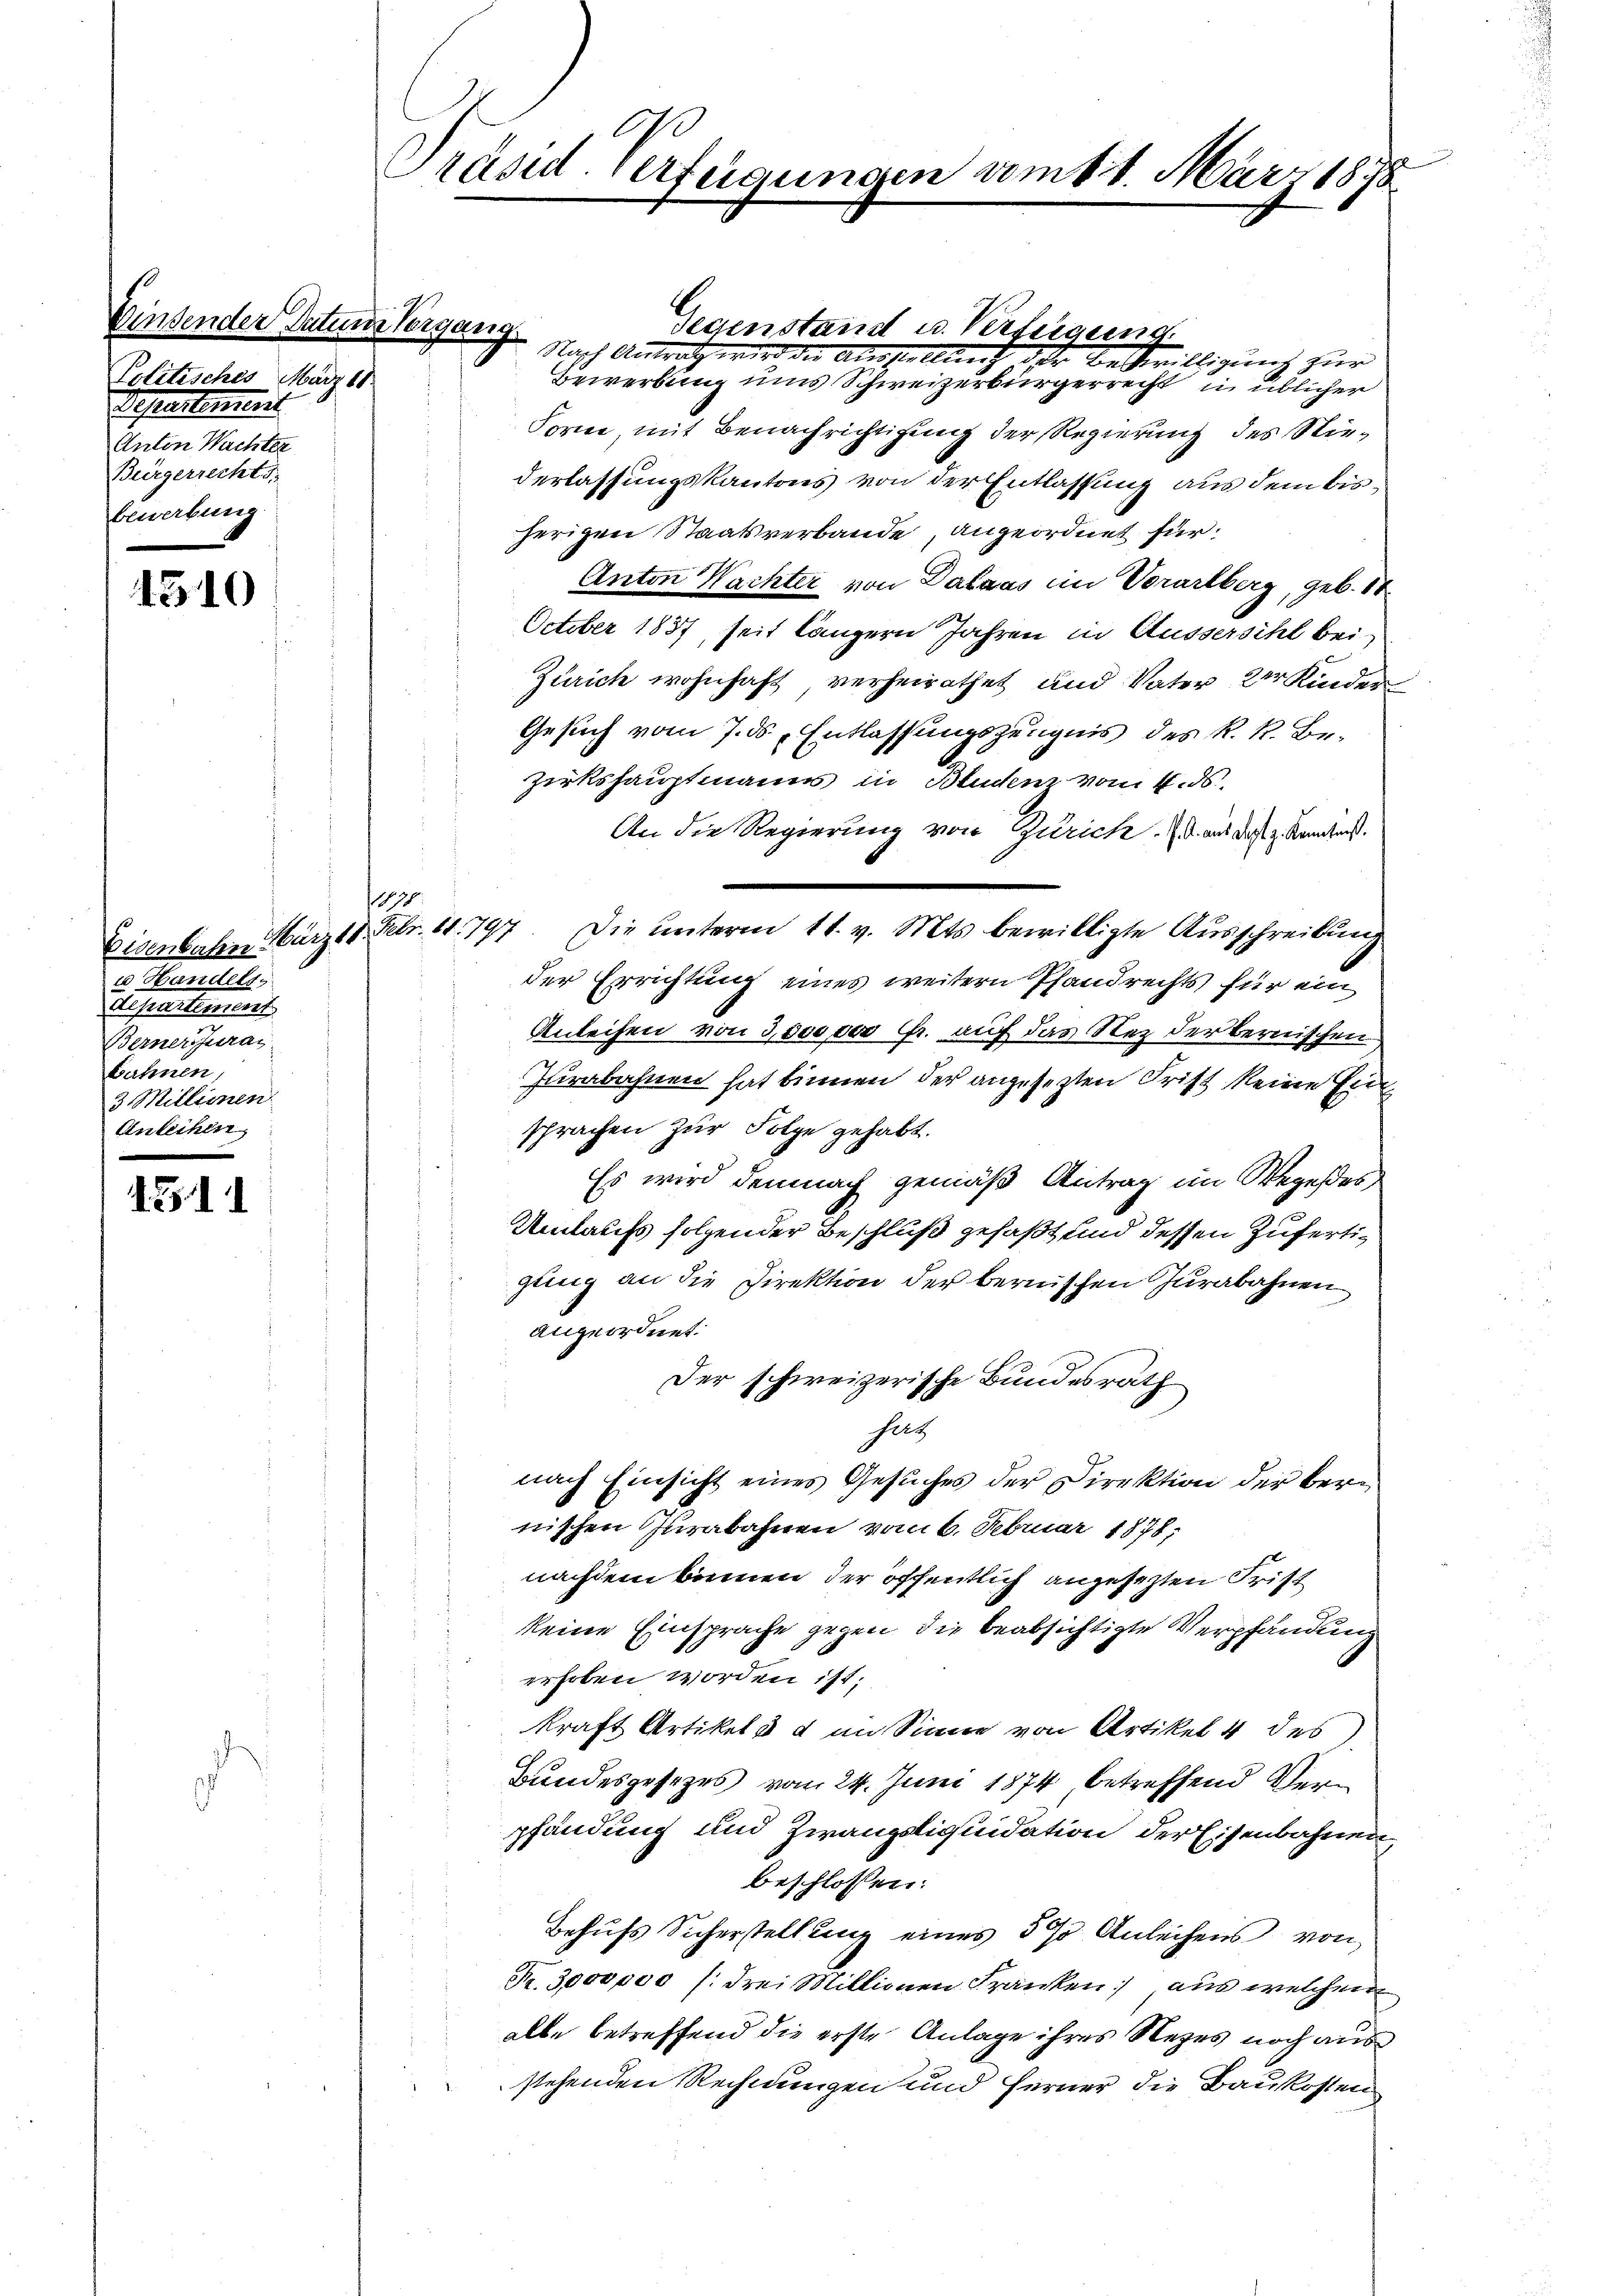
Einsender Datum.
Politisches März 18
Separtement
Anton Wachter
Bürgerrechts
bewerbung

1510

v. Handels

Berner Juras
bahnen,
3. Millimen
Anleihen

1511

Präsid. Verfügungen vom 1. März 1878

10

Regung

Bewerbung uns Schweizerbürgerrecht in üblicher
Form, mit Benachrichtigung der Regierung des Niederlassungskantons von der Entlassung aus dem bisherigen Staatsverbande, angeordnet für
Anton Wachter von Dalaas im Vorarlberg, geb. 18
October 1837, seit längern Jahren in Aussersihl bei
Zürich wohnhaft verheirathet und Vater der Kinder
Gesuch vom 7. ds. Entlassungszeugnis des R. R. Bezirkshauptmann in Brudenz vom 4. ds.
An die Regierung von Zürich. (S. aus das z. Konntes.
Eisenbahn März 18. Febr. 11. 797. Die unterm 11. v. Mts. bewilligte Ausschreibung
der Errichtung eines weitern Pfandrechts für ein
Anleihen von 3000 der Fr. auf das Nez der Bernischen
Jurabahnen hat binnen, der angesezten Frist keine Erin
sprachen zur Folge gehabt.
Es wird demnach gemäß Antrag im Wegeses
Umlaufs folgender Beschluß gefaßt und dessen Zufertigung an die Direktion der bernischen urabahnen
angeordnet.
Der schweizerische Bundesrath
satz
nach Einsicht eines Gesuches der Direktion der bernischen Jurabahnen vom 6. Februar 1878;
nachdem binnen der öffentlich angesezten Frist
keine Einsprache gegen die beabsichtigte Verpfändung
erhoben worden ist;
kraft Artikels & im Sinne von Artikel 4 des
Bundesgesezes vom 24. Juni 1874 betreffend Verpfändung und Zwangsliquidation der Eisenbahnen,
beschlossen:
Behufs Sicherstellung eines 5 % Anleihens von
Fr. 3000000 (drei Millionen Franken, aus welchen
alle betreffend die erste Anlage ihres Rezes noch aus
stehenden Rechnungen und ferner die Baukosten

Gegenstand u. Verfügung
 Nach Antrag wird der Ausstellung der Bestwilligung zur